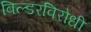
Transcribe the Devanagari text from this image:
बिल्डरविरोधी